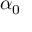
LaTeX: \ \alpha _ { 0 }